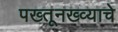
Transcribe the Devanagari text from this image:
पख्तूनख्व्याचे